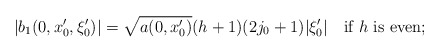
\begin{align*}|b_1(0,x'_0,\xi'_0)|=\sqrt{a(0,x'_0)}(h+1)(2j_0+1)|\xi'_0|\quad\textrm{if $h$ is even};\end{align*}